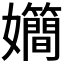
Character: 𪦴